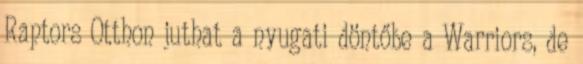
Raptors Otthon juthat a nyugati döntőbe a Warriors, de